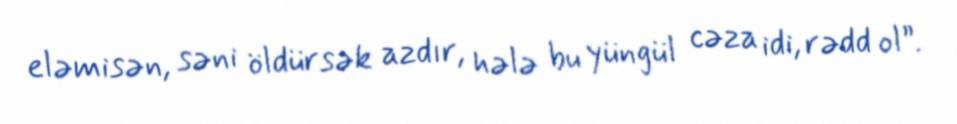
eləmisən, səni öldürsək azdır, hələ bu yüngül cəza idi, rədd ol”.